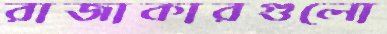
রাজাকারগুলো